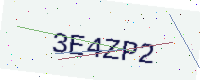
Text: 3E4ZP2